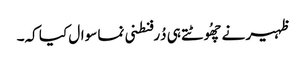
ظہیر نے چھُوٹتے ہی دُرفنطنی نما سوال کیا کہ۔